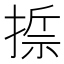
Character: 𢰂